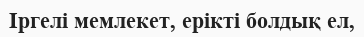
Іргелі мемлекет, ерікті болдық ел,